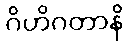
ဂိဟိဂတာနိ